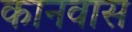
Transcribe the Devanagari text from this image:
कानवास